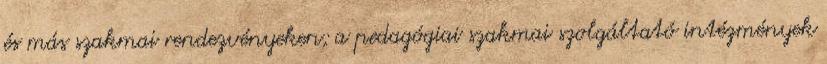
és más szakmai rendezvényeken; a pedagógiai szakmai szolgáltató intézmények